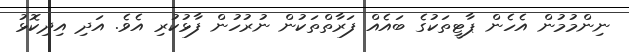
ނިންމުމުން އެހެން ޕާޓީތަކުގެ ބައެއް ފަރާތްތަކުން ނުރުހުން ފާޅުކުރި އެވެ. އަދި އިދިކޮޅު